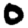
Digit: 0